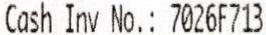
CASH INV NO.: 7026F713